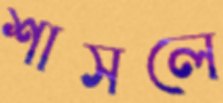
শাসলে